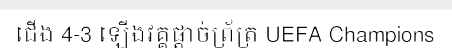
ជើង 4-3 ឡើងវគ្គផ្តាច់ព្រ័ត្រ UEFA Champions